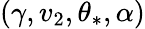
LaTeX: (\gamma,v_{2},\theta_{\ast},\alpha)